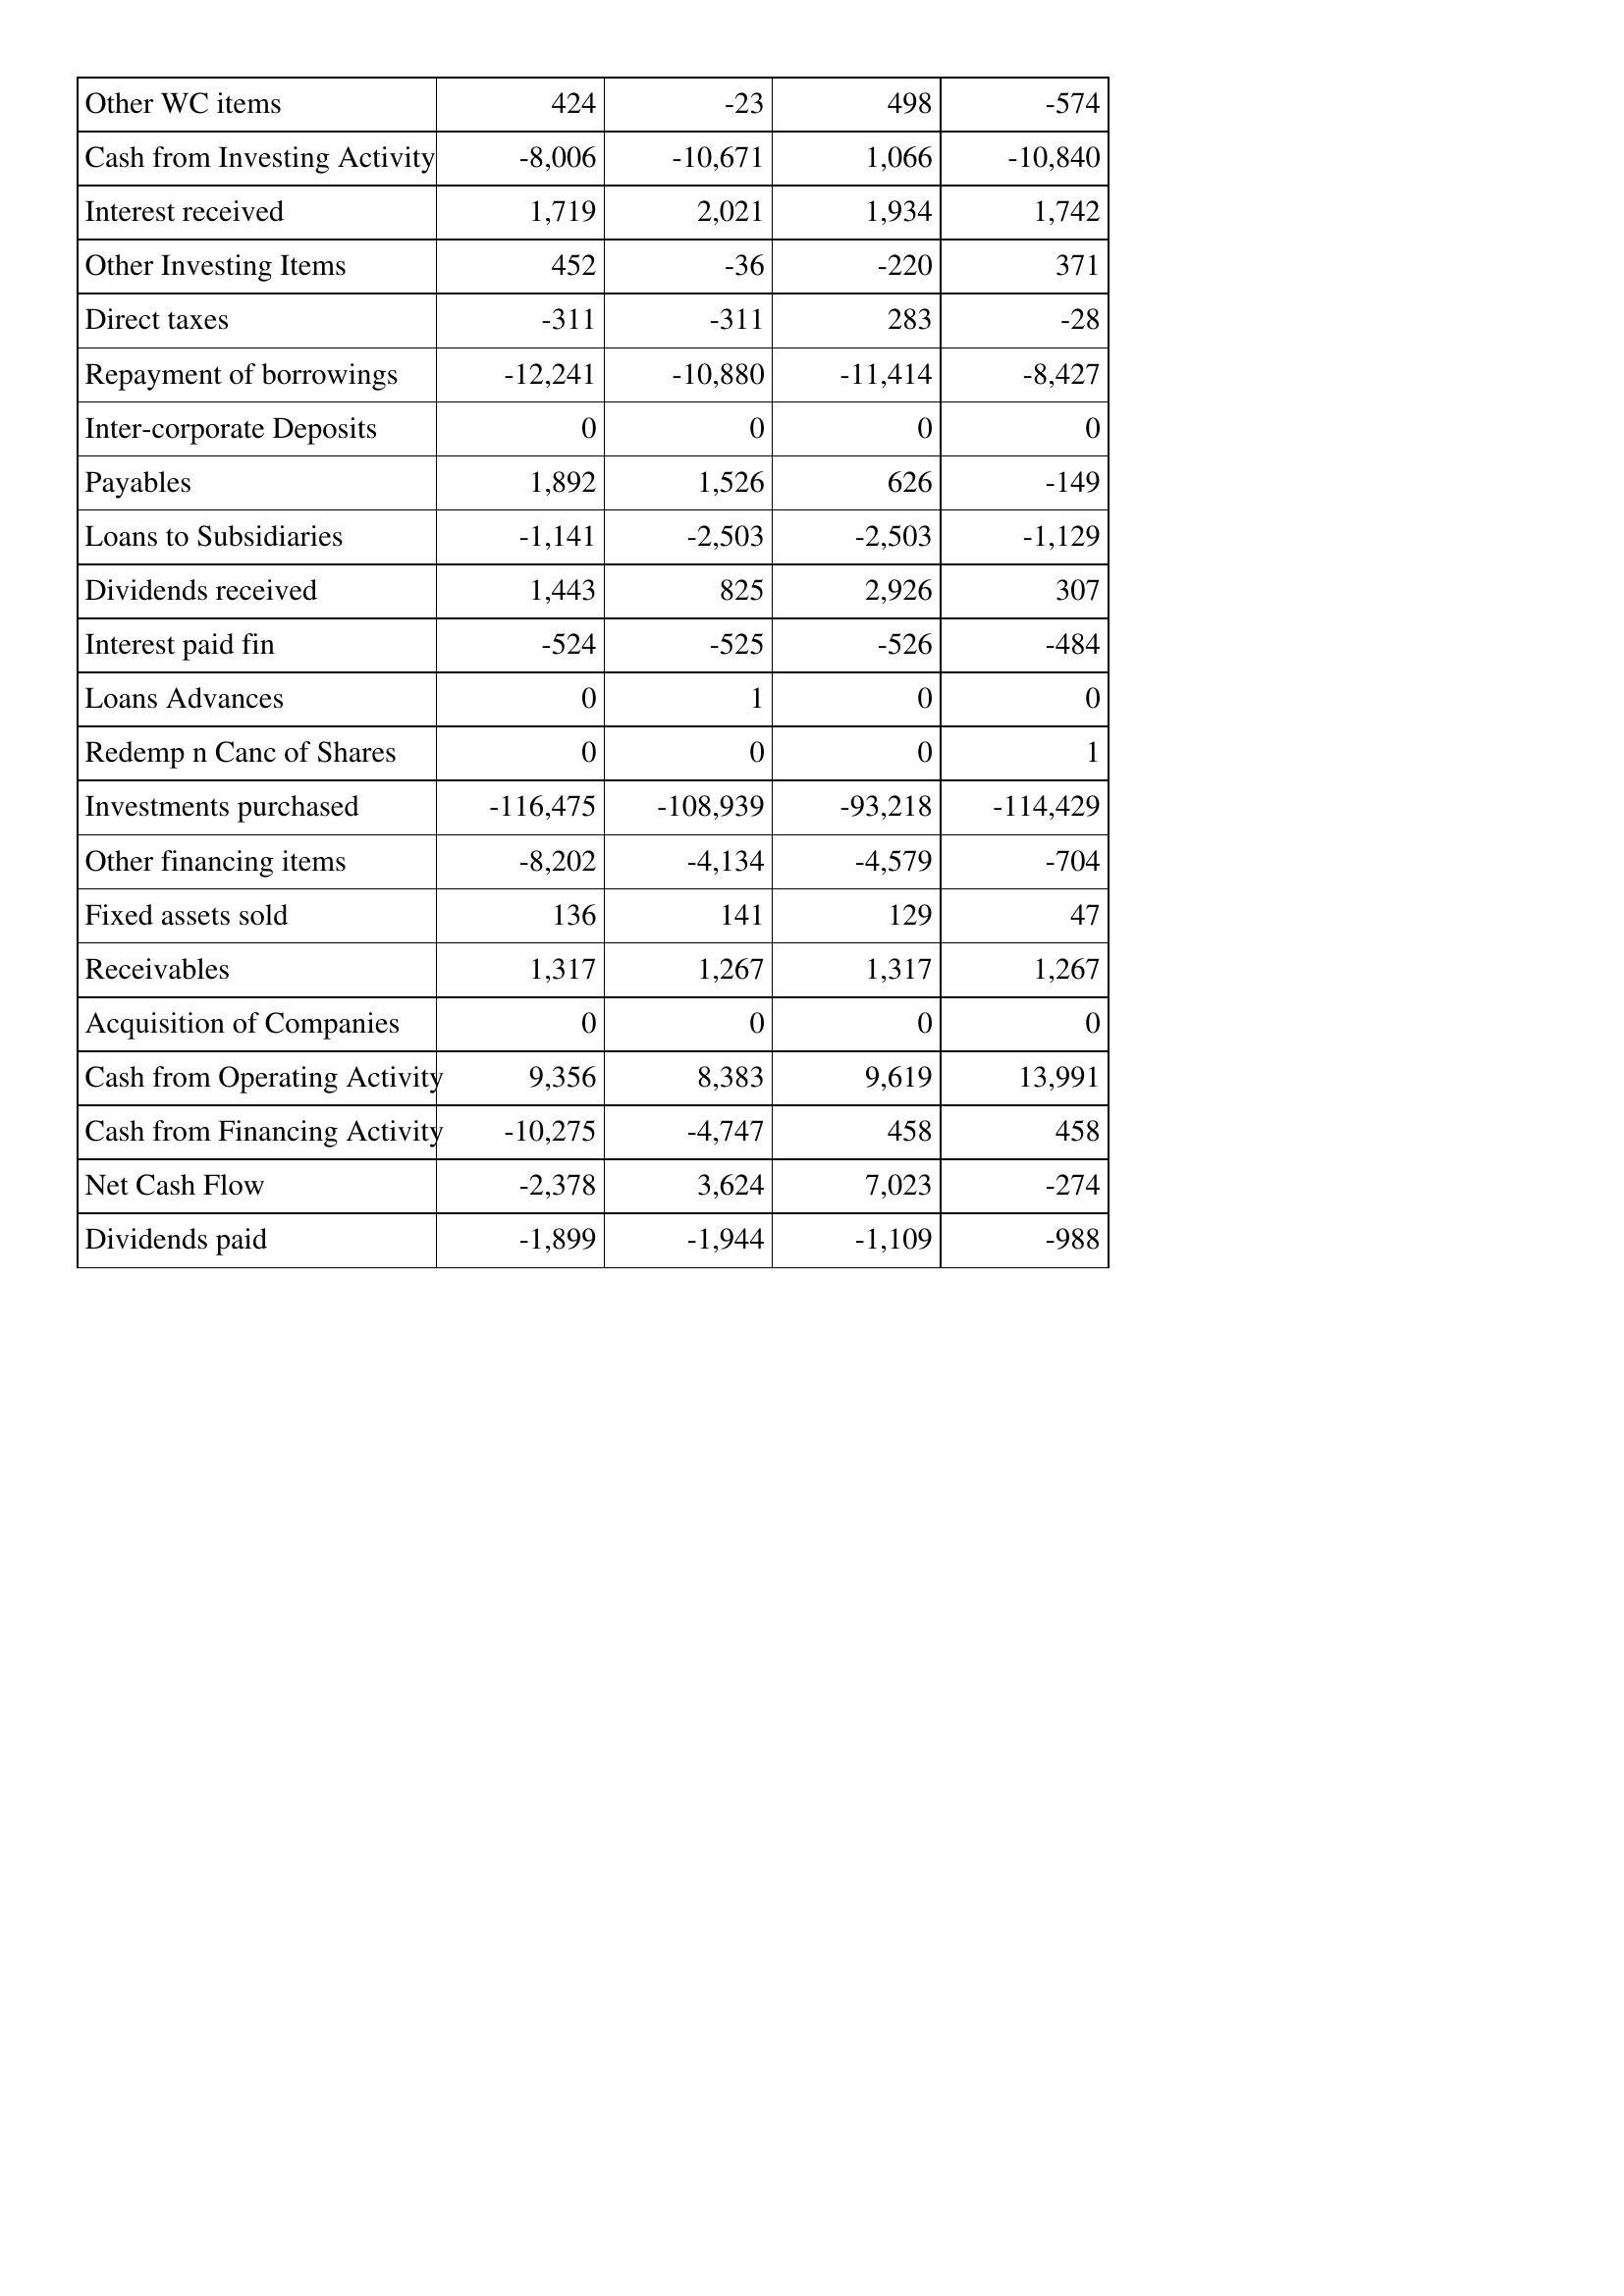
Mar-02: Cash Flows: Other WC items: 424
Cash from Investing Activity: -8,006
Interest received: 1,719
Other Investing Items: 452
Direct taxes: -311
Repayment of borrowings: -12,241
Inter-corporate Deposits: 0
Payables: 1,892
Loans to Subsidiaries: -1,141
Dividends received: 1,443
Interest paid fin: -524
Loans Advances: 0
Redemp n Canc of Shares: 0
Investments purchased: -116,475
Other financing items: -8,202
Fixed assets sold: 136
Receivables: 1,317
Acquisition of Companies: 0
Cash from Operating Activity: 9,356
Cash from Financing Activity: -10,275
Net Cash Flow: -2,378
Dividends paid: -1,899
Mar-01: Cash Flows: Other WC items: -23
Cash from Investing Activity: -10,671
Interest received: 2,021
Other Investing Items: -36
Direct taxes: -311
Repayment of borrowings: -10,880
Inter-corporate Deposits: 0
Payables: 1,526
Loans to Subsidiaries: -2,503
Dividends received: 825
Interest paid fin: -525
Loans Advances: 1
Redemp n Canc of Shares: 0
Investments purchased: -108,939
Other financing items: -4,134
Fixed assets sold: 141
Receivables: 1,267
Acquisition of Companies: 0
Cash from Operating Activity: 8,383
Cash from Financing Activity: -4,747
Net Cash Flow: 3,624
Dividends paid: -1,944
Mar-00: Cash Flows: Other WC items: 498
Cash from Investing Activity: 1,066
Interest received: 1,934
Other Investing Items: -220
Direct taxes: 283
Repayment of borrowings: -11,414
Inter-corporate Deposits: 0
Payables: 626
Loans to Subsidiaries: -2,503
Dividends received: 2,926
Interest paid fin: -526
Loans Advances: 0
Redemp n Canc of Shares: 0
Investments purchased: -93,218
Other financing items: -4,579
Fixed assets sold: 129
Receivables: 1,317
Acquisition of Companies: 0
Cash from Operating Activity: 9,619
Cash from Financing Activity: 458
Net Cash Flow: 7,023
Dividends paid: -1,109
Mar-99: Cash Flows: Other WC items: -574
Cash from Investing Activity: -10,840
Interest received: 1,742
Other Investing Items: 371
Direct taxes: -28
Repayment of borrowings: -8,427
Inter-corporate Deposits: 0
Payables: -149
Loans to Subsidiaries: -1,129
Dividends received: 307
Interest paid fin: -484
Loans Advances: 0
Redemp n Canc of Shares: 1
Investments purchased: -114,429
Other financing items: -704
Fixed assets sold: 47
Receivables: 1,267
Acquisition of Companies: 0
Cash from Operating Activity: 13,991
Cash from Financing Activity: 458
Net Cash Flow: -274
Dividends paid: -988